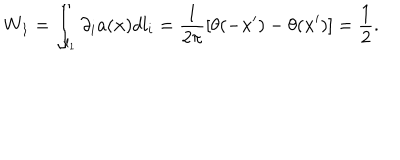
W _ { 1 } = \int _ { l _ { 1 } } \partial _ { i } a ( { \bf x } ) d l _ { i } = \frac { 1 } { 2 \pi } \left[ \theta ( - { \bf x } ^ { \prime } ) - \theta ( { \bf x } ^ { \prime } ) \right] = \frac { 1 } { 2 } .